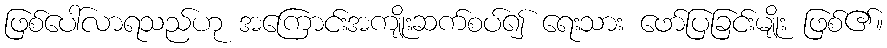
ဖြစ်ပေါ်လာရသည်ဟု အကြောင်းအကျိုးဆက်စပ်၍ ရေးသား ဖော်ပြခြင်းမျိုး ဖြစ်၏။